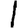
Digit: 1